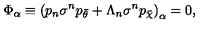
\Phi _ { \alpha } \equiv { ( p _ { n } \sigma ^ { n } p _ { \bar { \theta } } + \Lambda _ { n } \sigma ^ { n } p _ { \bar { \chi } } ) } _ { \alpha } = 0 ,